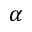
\alpha